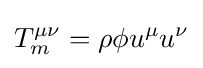
T_{m}^{\mu \nu }=\rho \phi u^{\mu }u^{\nu }